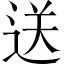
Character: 送